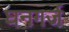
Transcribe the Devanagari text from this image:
घनगर्ज